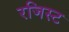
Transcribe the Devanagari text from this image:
रजिस्ट